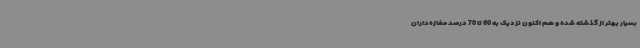
بسیار بهتر از گذشته شده و هم اکنون نزدیک به 60 تا 70 درصد مغازه‌داران